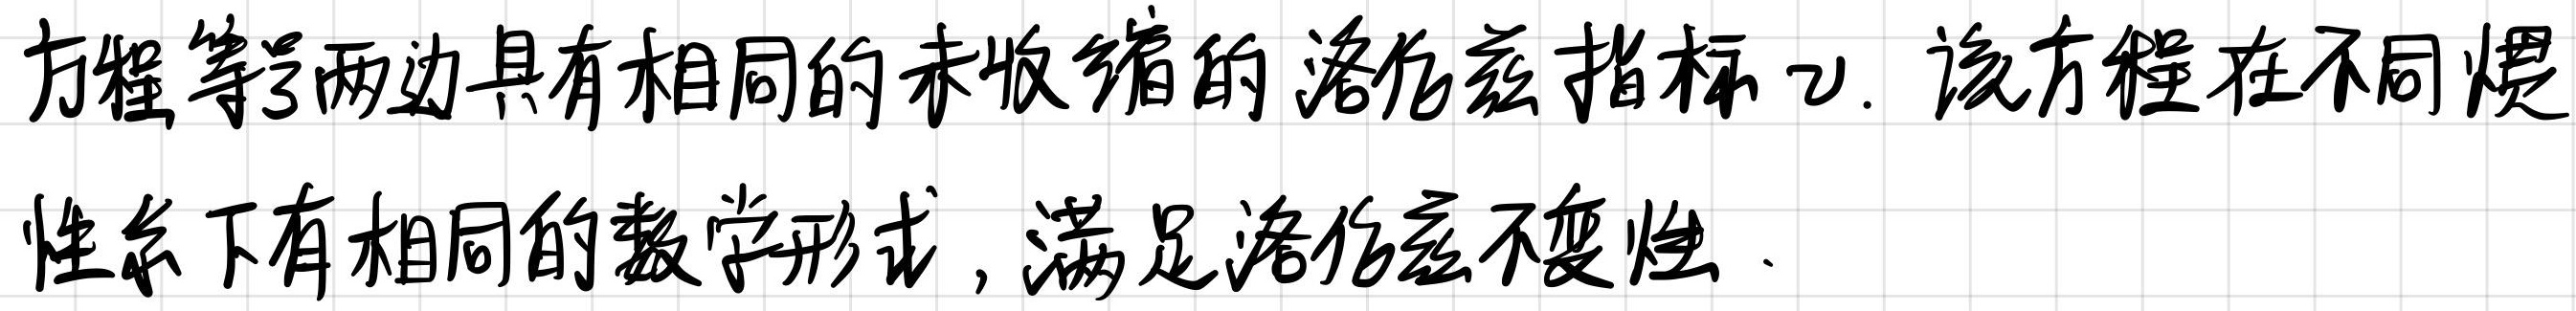
方程等号两边具有相同的未收缩的洛伦兹指标$\nu$. 该方程在不同惯性系下有相同的数学形式，满足洛伦兹不变性.